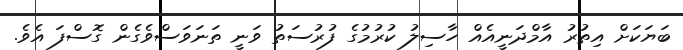
ބަޔަކަށް އިތުރު އާމްދަނީއެއް ހާސިލު ކުރުމުގެ ފުރުސަތު ވަނީ ތަނަވަސްވެގެން ގޮސްފަ އެވެ.